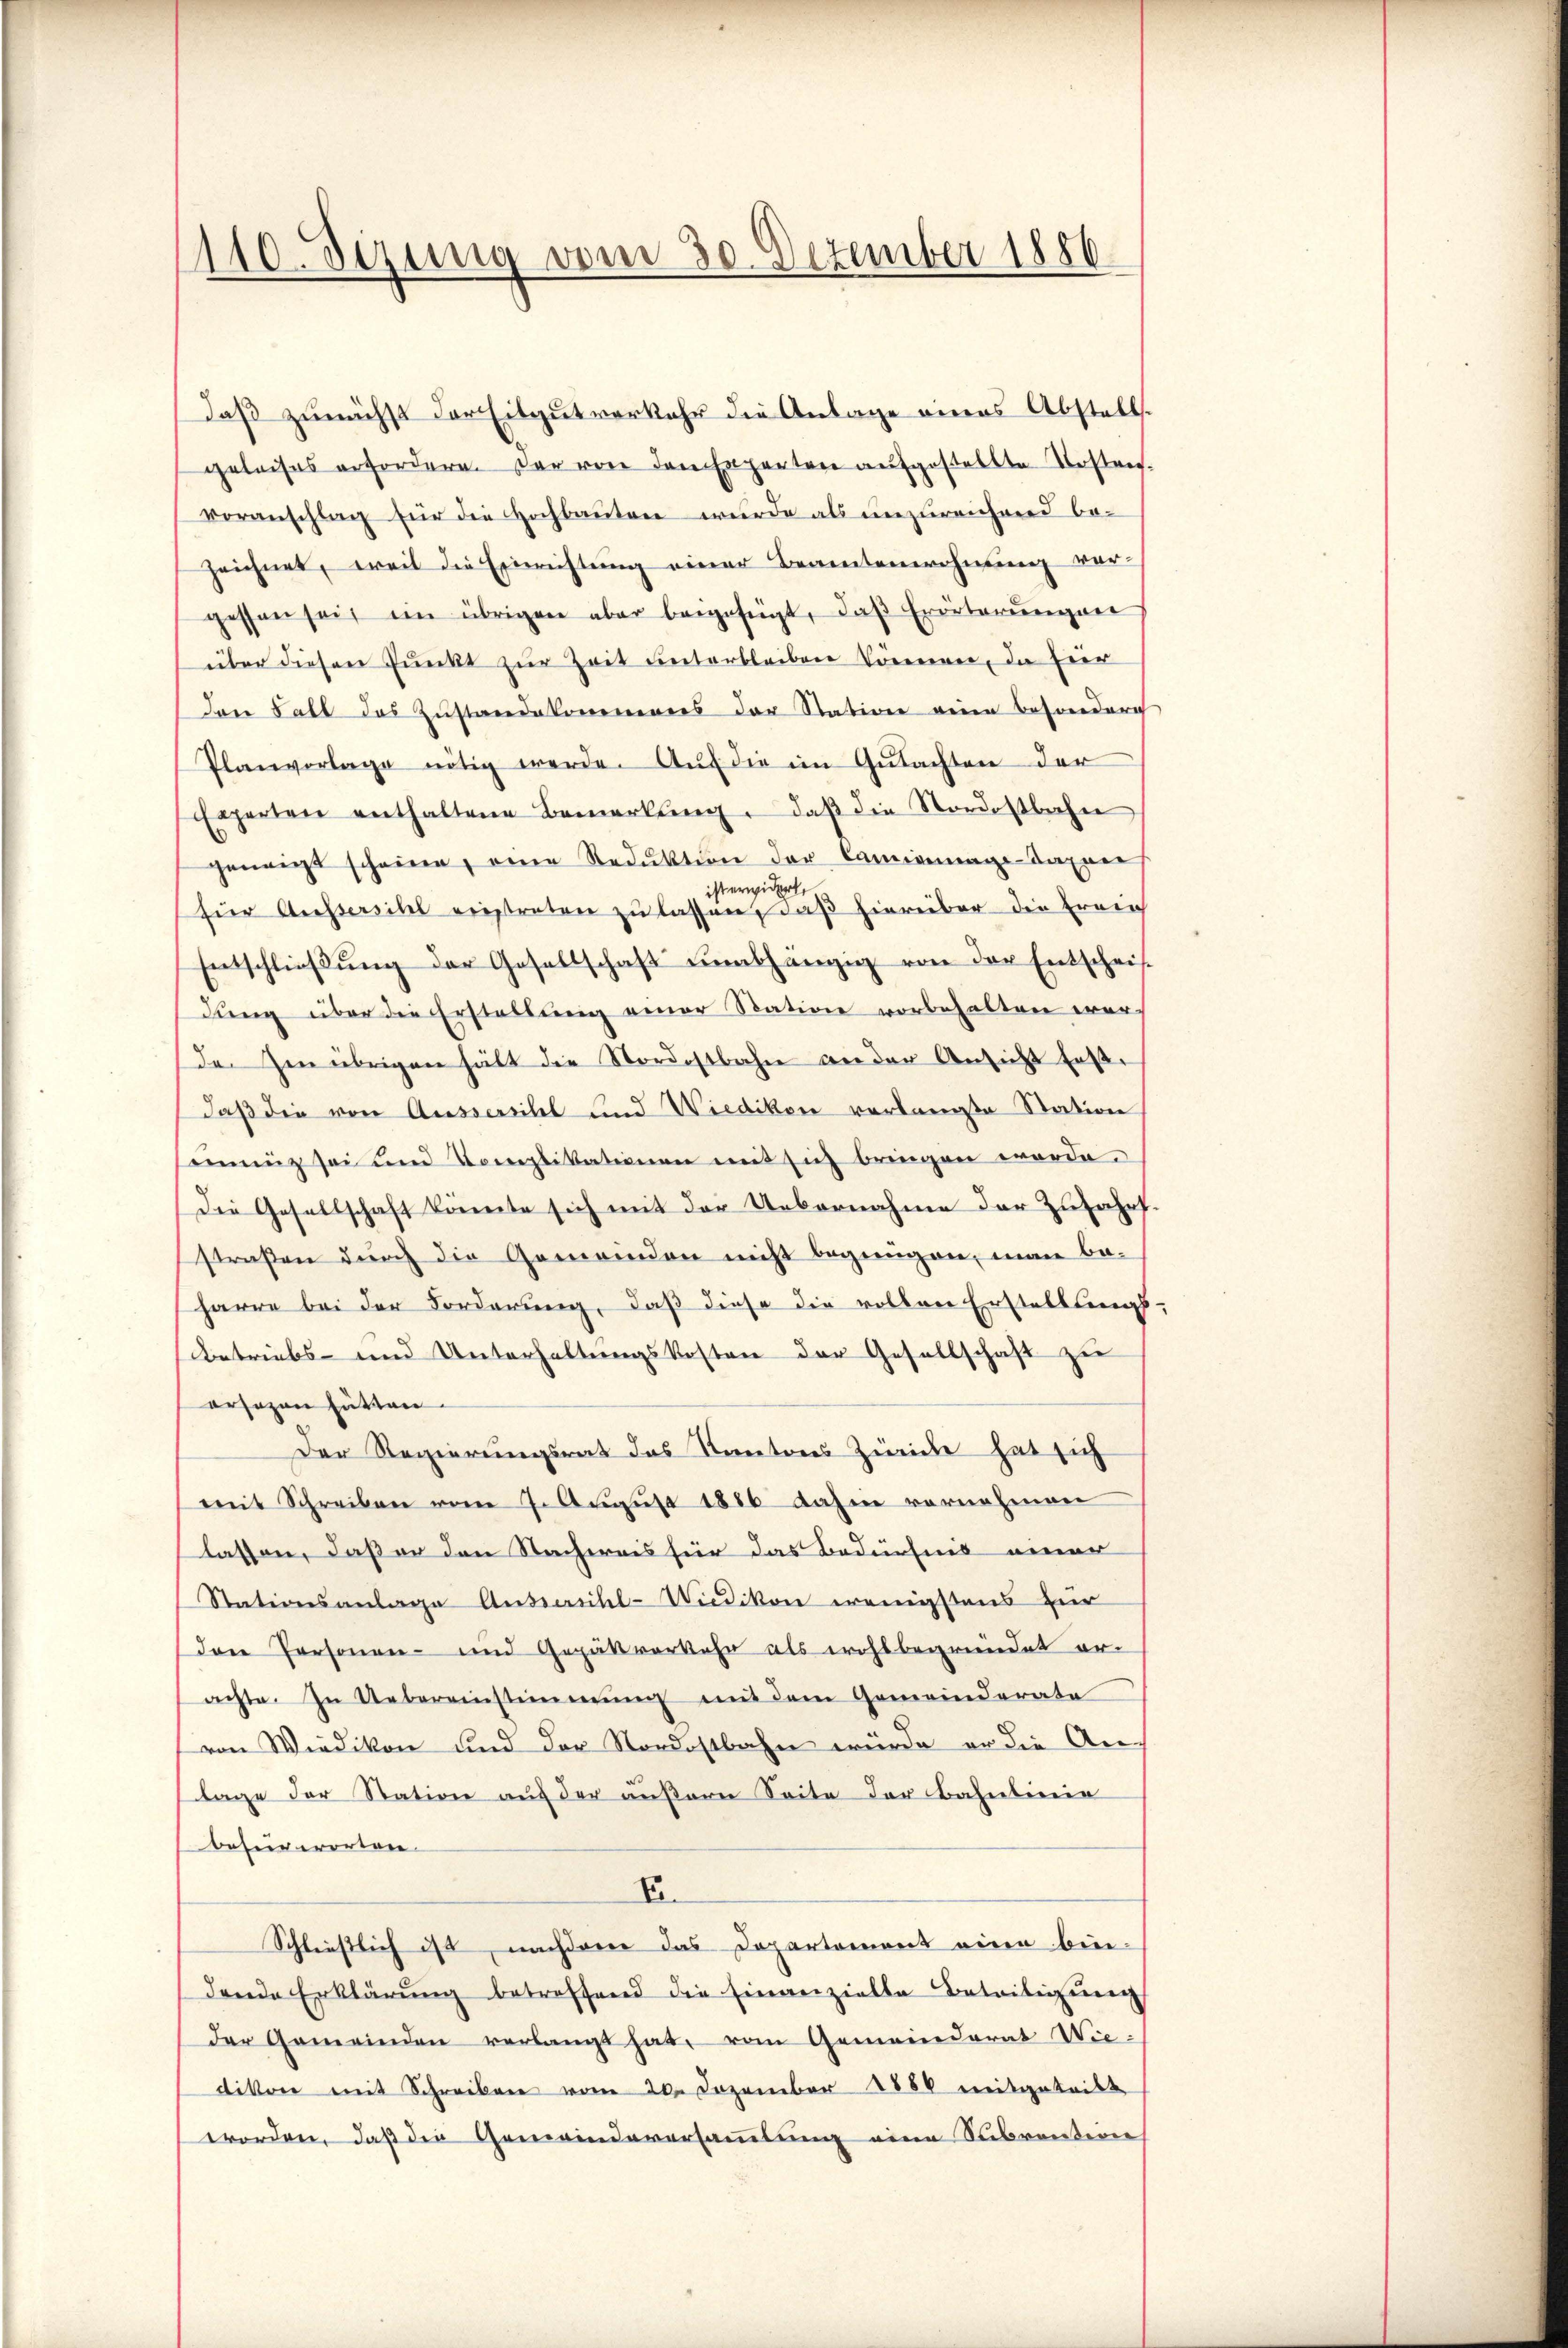
110. Sezing vom 30. Dezember 1886

daß zunächst der Eitgut verkehr die Anlage eines Abstell
geleises erfordern. Der von den Experten aufgestellte Vorstrefvoranschlag für die Hochbaŭten würde als ŭnzŭreichnend be-
zeichnet, weil die Einrichtung einer Beamtenwohnung ver-
gessen seit im übrigen aber beigefügt, daß Erörterungen
über diesen Pŭnkt zŭr Zeit unterbleiben können, da Eier
den Fall das Zustandekommenes der Station eine besondere
Planvorlage nötig werde. Auf die im Gutachten der
Experten enthaltene Bemerkŭng, daβ die Nordostbahn
geneigt scheine, eine Reduktion der Camianunge-Taxner
sterwidert,
für Aussersihl einstreten zu lassen, daß hierüber die Freie
Entschlieβŭng der Gesellschaft unabhängig von der Entscheif-
dŭng über die Erstellung einer Station vorbehalten war
de Zen übrigen hält die Nordostbahn an der Ansicht faße
daß die von Aussersihl und Wiedikon verlangte Station
einnig sei und Komplikationen mit sich bringen werde.
Die Gesellschaft könnte sich mit der Uebernahme der Zufahrt
straßen durch die Gemeinden nicht begnügen, man be-
harre bei der Forderung, daß diese die vollen Erstellungs
Betriebs- und Unterhaltungskosten der Gesellschaft zu
ersagen hätten.
Der Regierungsrat das Kantons Zürich hat sich
mit Schreiben vom 7. Aŭgŭst 1886 dahin vornehmen
lassen, daß er den Nachweis für das Bedürfnis einer
Stationsanlage Aussersihl-Wiedikon wenigstens zur
Da Personen- und Gepäkverkehr als wohlbegründet er-
achte. In Uebereinstimmung mit dem Gemeinderate
von Wiedikon und der Nordostbahn würde er die Anlage der Station auf der äußern Seite der Bahnlinie
besurerorten.
E.
Schliesslich ist, nachdem das Dopartement eine bie-
dende Erklärung betreffend die Einverzielte Beteiligŭng
der Gemeinden verlangt hat. vom Gemeinderat Wie-
dikon mit Schreiben vom 20. Dezember 1888 mitgeteilt
worden. Daß die Gemeindeversaṁlŭng eine Subrention

2